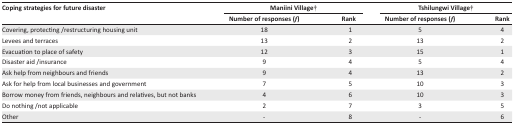
<table><thead><tr><td rowspan="3"><b>Coping strategies for future disaster</b></td><td colspan="2"><b>Maniini Village†</b></td><td colspan="2"><b>Tshilungwi Village†</b></td></tr><tr><td><b>Number of responses (<i>f</i>)</b></td><td><b>Rank</b></td><td><b>Number of responses (<i>f</i>)</b></td><td><b>Rank</b></td></tr></thead><tbody><tr><td>Covering, protecting /restructuring housing unit</td><td>18</td><td>1</td><td>5</td><td>4</td></tr><tr><td>Levees and terraces</td><td>13</td><td>2</td><td>13</td><td>2</td></tr><tr><td>Evacuation to place of safety</td><td>12</td><td>3</td><td>15</td><td>1</td></tr><tr><td>Disaster aid /insurance</td><td>9</td><td>4</td><td>5</td><td>4</td></tr><tr><td>Ask help from neighbours and friends</td><td>9</td><td>4</td><td>13</td><td>2</td></tr><tr><td>Ask for help from local businesses and government</td><td>7</td><td>5</td><td>10</td><td>3</td></tr><tr><td>Borrow money from friends, neighbours and relatives, but not banks</td><td>4</td><td>6</td><td>10</td><td>3</td></tr><tr><td>Do nothing /not applicable</td><td>2</td><td>7</td><td>3</td><td>5</td></tr><tr><td>Other</td><td>-</td><td>8</td><td>-</td><td>6</td></tr></tbody></table>